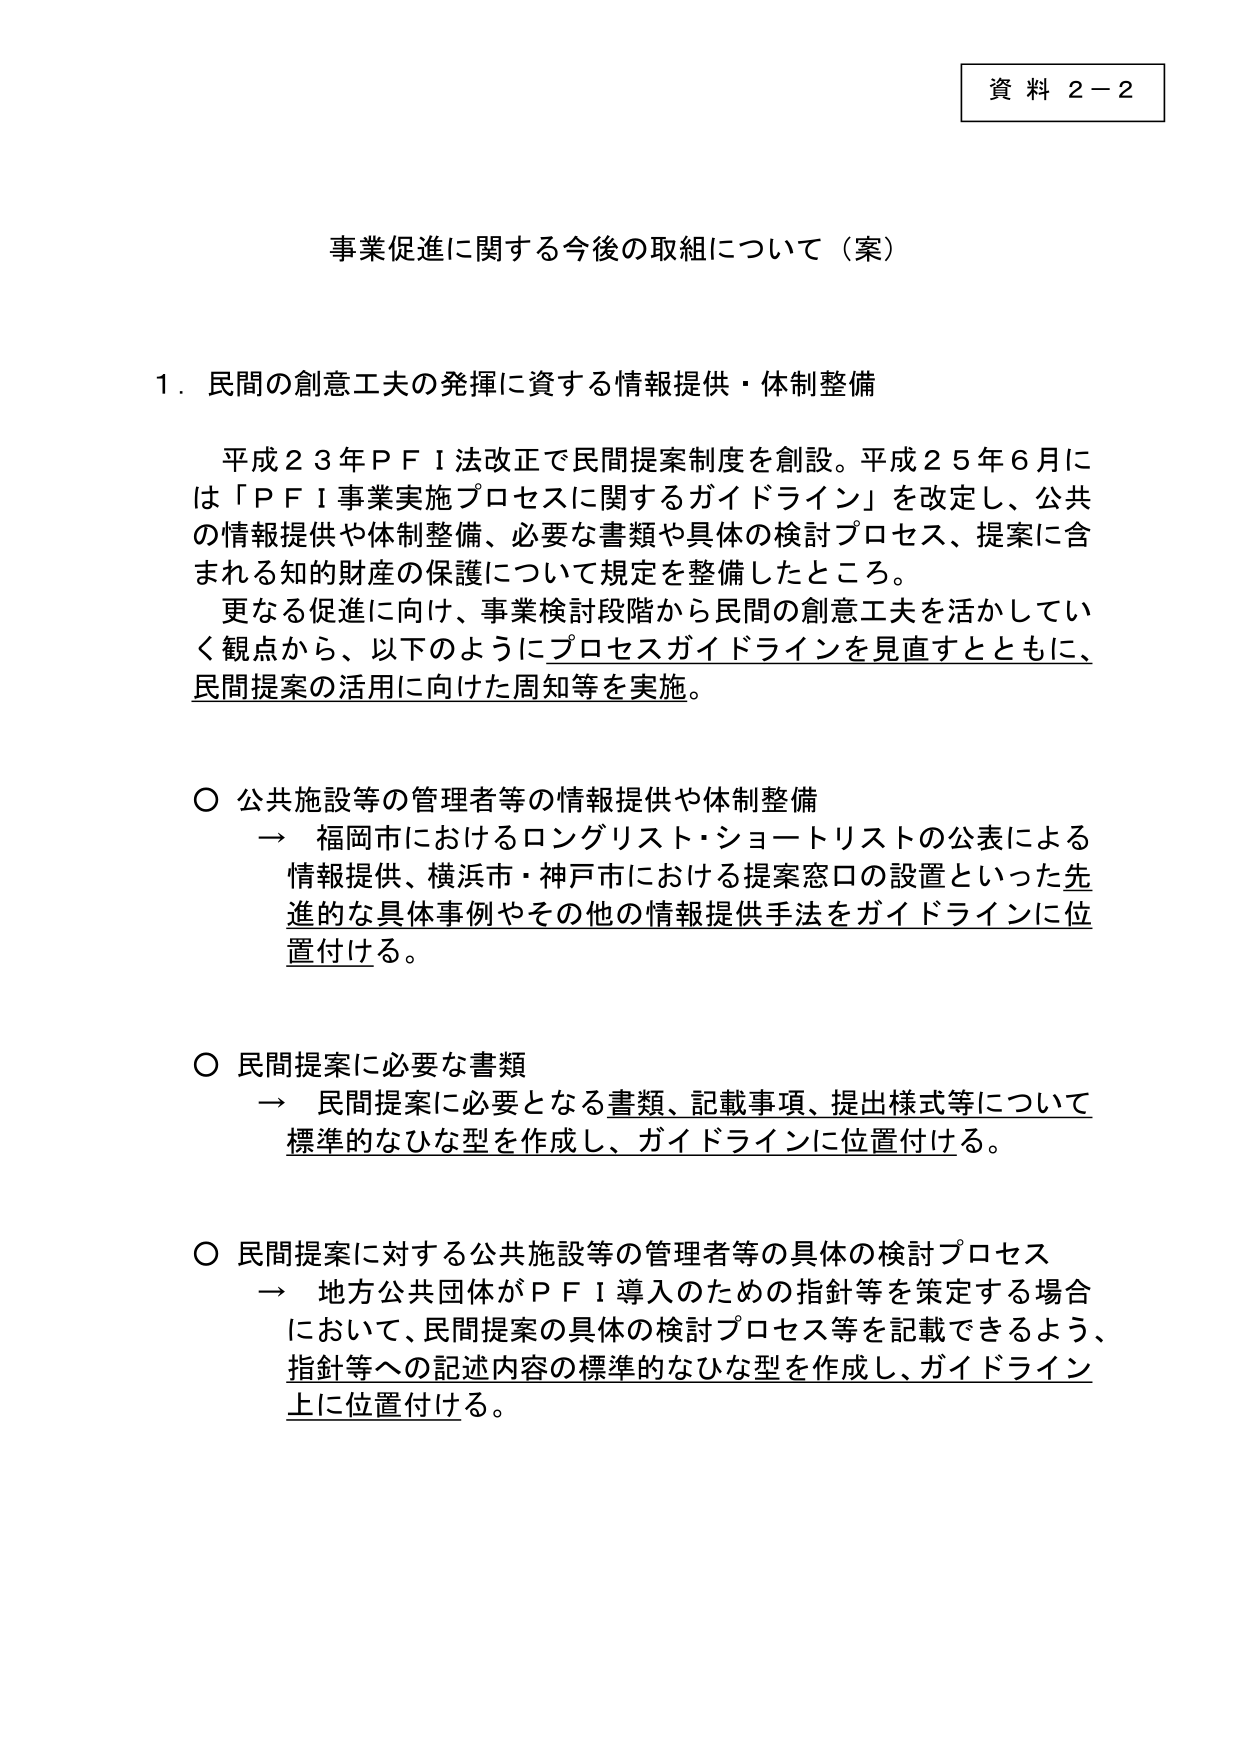
資料 2－2

事業促進に関する今後の取組について（案）

1．民間の創意工夫の発揮に資する情報提供・体制整備

平成23年ＰＦＩ法改正で民間提案制度を創設。平成25年6月には「ＰＦＩ事業実施プロセスに関するガイドライン」を改定し、公共の情報提供や体制整備、必要な書類や具体的検討プロセス、提案に含まれる知的財産の保護について規定を整備したところ。

更なる促進に向け、事業検討段階から民間の創意工夫を活かしていく観点から、以下のようにプロセスガイドラインを見直すとともに、民間提案の活用に向けた周知等を実施。

○ 公共施設等の管理者等の情報提供や体制整備
→ 福岡市におけるロングリスト・ショートリストの公表による情報提供、横浜市・神戸市における提案窓口の設置といった先進的な具体事例やその他の情報提供手法をガイドラインに位置付ける。

○ 民間提案に必要な書類
→ 民間提案に必要となる書類、記載事項、提出様式等について標準的なひな型を作成し、ガイドラインに位置付ける。

○ 民間提案に対する公共施設等の管理者等の具体的検討プロセス
→ 地方公共団体がＰＦＩ導入のための指針等を策定する場合において、民間提案の具体的検討プロセス等を記載できるよう、指針等への記述内容の標準的なひな型を作成し、ガイドライン上に位置付ける。